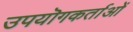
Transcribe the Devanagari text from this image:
उपयॊगकर्ताओं